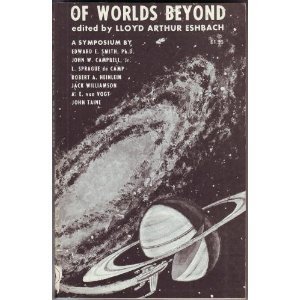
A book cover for Of Worlds Beyond: The Science of Science Fiction Writing, A Symposium; Robert A. Heinlein; Science Fiction & Fantasy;